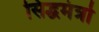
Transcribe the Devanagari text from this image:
सिद्धमंत्रो